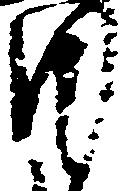
月